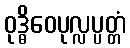
ဝုဒ္ဓိဝေပုလ္လပ္ပတ္တံ